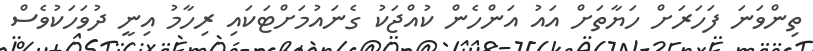
ތިންވަނަ ފަހަރަށް ހަޔާތަށް އައު އަންހެން ކުއްޖަކު ގެނައުމަށްޓަކައި ރިހާމު އިނީ ދުވަހަކުވެސް